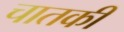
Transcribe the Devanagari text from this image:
चातकी